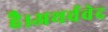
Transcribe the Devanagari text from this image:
है।अथर्ववेद